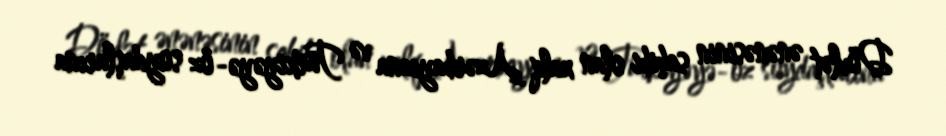
Dövlət ənənəsinin sahibi olan xalq Azərbaycana və Türkiyəyə- öz soydaşlarına